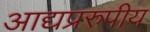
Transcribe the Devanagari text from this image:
आद्यप्ररुपीय